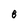
Character: 8